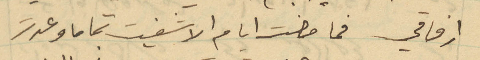
ارفاقي فما مضت ايام الا شفيت تماما وعدت